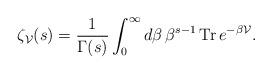
LaTeX: \begin{align*}\zeta_{\cal V}(s)=\frac{1}{\Gamma(s)} \int_0^\infty d\beta \,\beta^{s-1}\, {\rm Tr} \, e^{-\beta {\cal V}}.\end{align*}